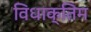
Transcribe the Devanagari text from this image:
विधाक्तिम